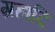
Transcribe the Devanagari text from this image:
ग्रहादि